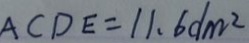
A C D E = 1 1 . 6 d m ^ { 2 }